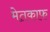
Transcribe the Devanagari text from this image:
मेतकाफ